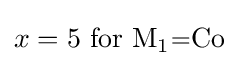
x=5{\text{ for }}{\ce {M1=Co}}